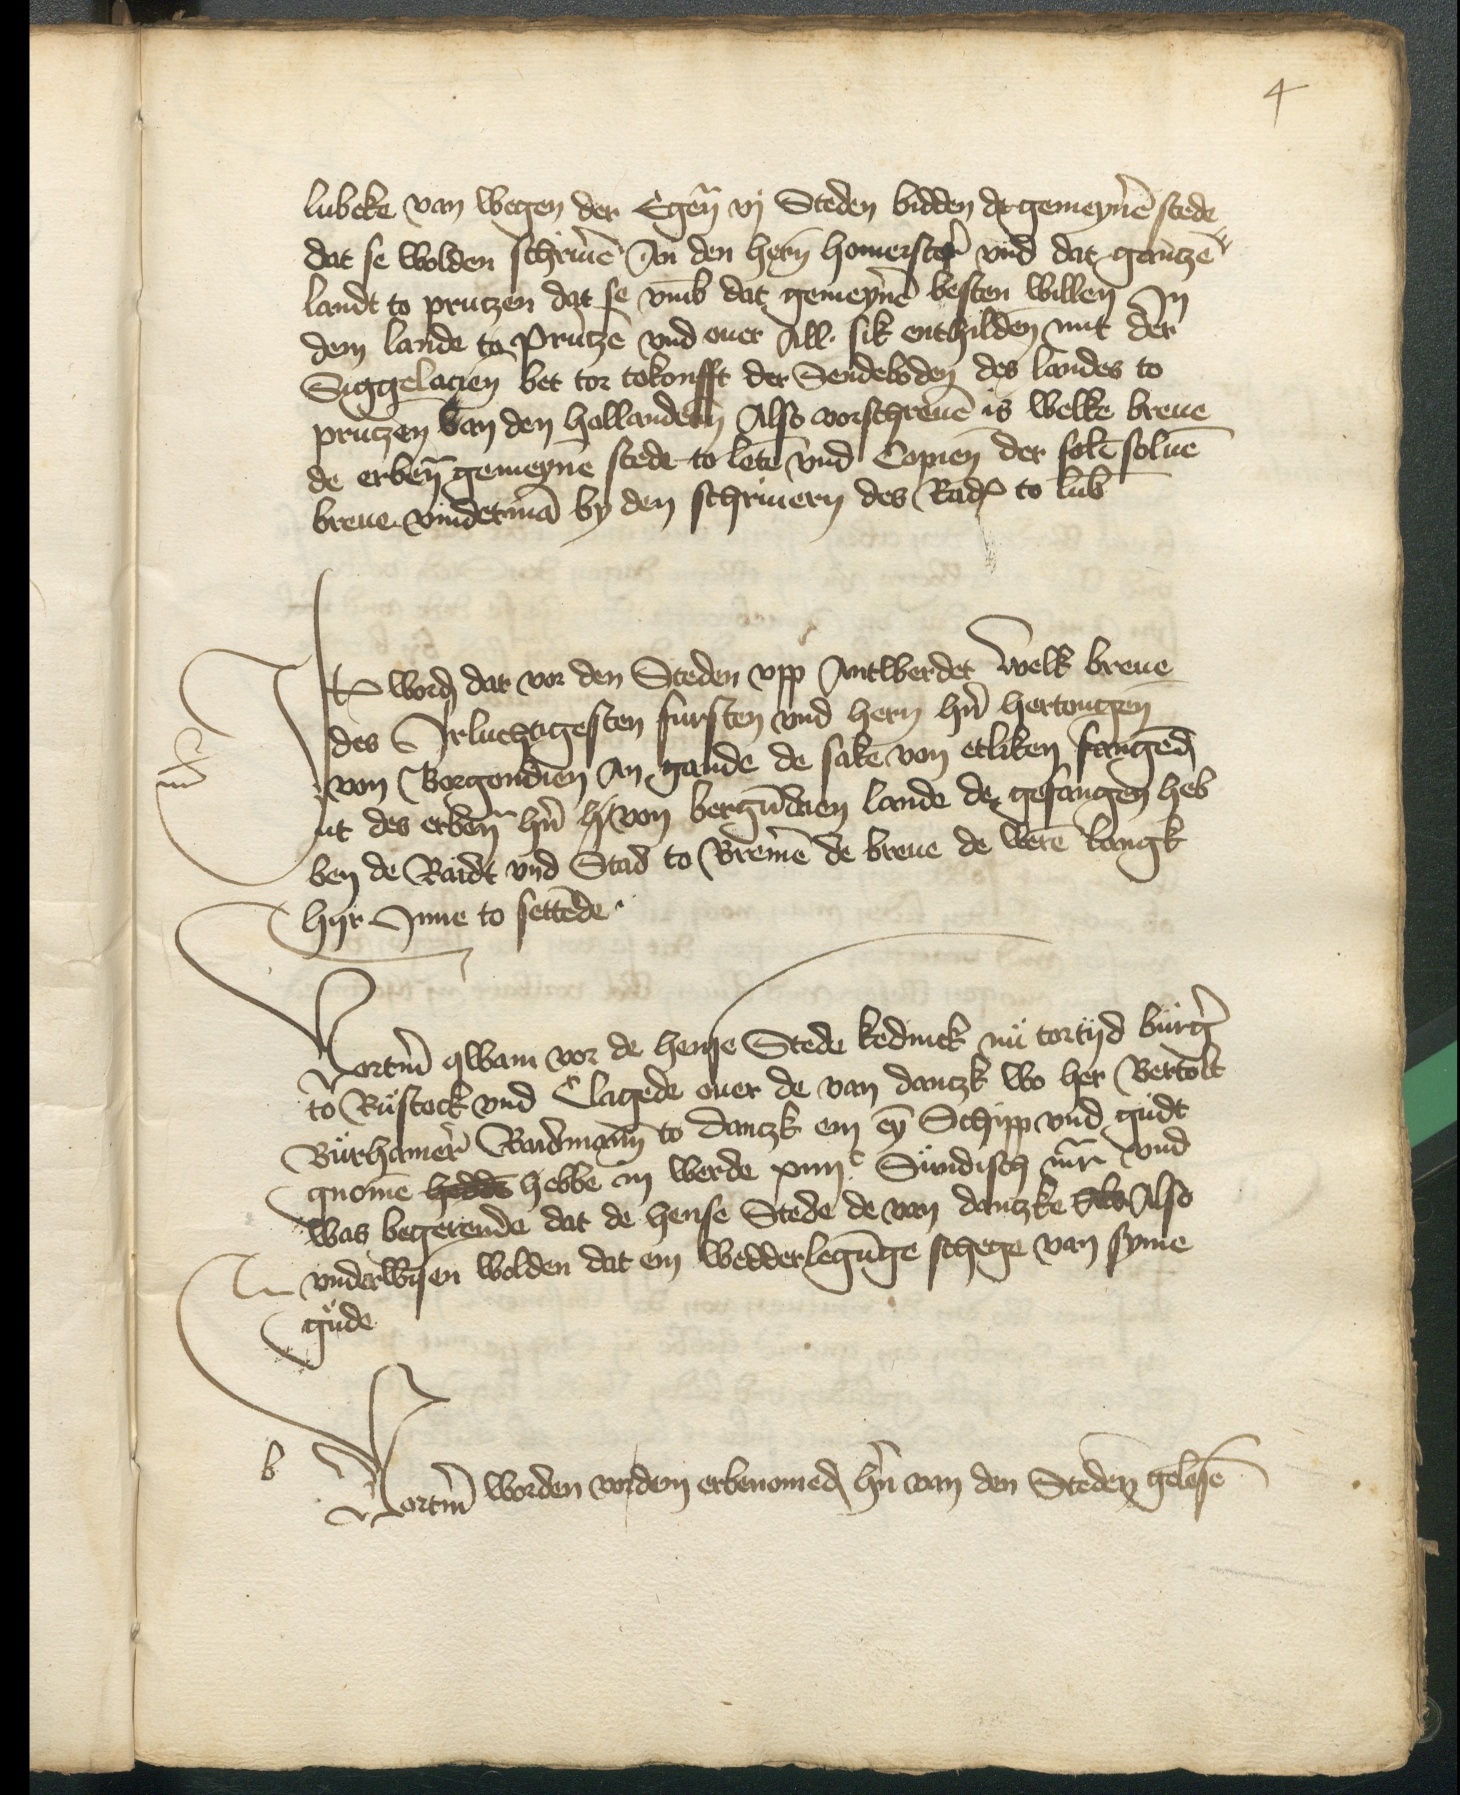
4

Lubeke van Wegen der Egenomeden vj Steden bidden de gemeynen stede
dat se wolden schriuen An den hern Homeister vnd dat gentze
landt to Prutzen dat se vmb dat gemeynen besten willen Jn
dem lande to Prutzen vnd ouer All sik enthilden mit der
Siggelacien bet tor tokonfft der Sendeboden des landes to
Prutzen van den Hollandern Also vorschreuen is welke breue
de erbenomden gemeynen stede to leten vnd Copien der folen soluen
breue vndetman by den schriuern des Rades to Lubeke

Item worden dar vor den Steden vpp Antwerdet welk breue
des Jrluchtigesten fursten vnd hern hern hertougen
von Borgondien An gande de sake van etliken fangenden
ut des erbenomden hern h von bergundien lande de gefangen heb
ben de Raidt vnd Stad to Bremen de breue de weren langk
Hyr Jnne to settende

Vortmer qwam vor de hense Stede kedinck nu tortyd burger
to Rustock vnd Clagede ouer de van Danczk wo her Bertolt
Burhamer Raidmann to Danczk em eyn Schipp vnd gudt
gnomen hedde hebbe in werde xiiijc Sundisch mark vnd
was begerende dat de hense Stede de van Dantzke Als Also
vnderwisen wolden dat em wedderlegunge schege van syme
gude

Vortmer worden vor den ebemomeden hern van den Steden gelesen

b